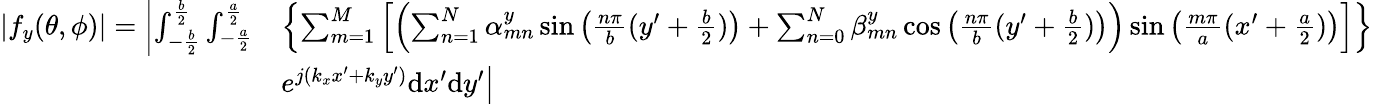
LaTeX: \begin{array}{rl}{|f_{y}(\theta,\phi)|=\left|\int_{-\frac{b}{2}}^{\frac{b}{2}}{\int_{-\frac{a}{2}}^{\frac{a}{2}}}\right.}&{\left\{ \sum_{m=1}^{M}\left[\left(\sum_{n=1}^{N}\alpha_{mn}^{y}\sin\left(\frac{n\pi}{b}(y^{\prime}+\frac{b}{2})\right)+\sum_{n=0}^{N}\beta_{mn}^{y}\cos\left(\frac{n\pi}{b}(y^{\prime}+\frac{b}{2})\right)\right)\sin\left(\frac{m\pi}{a}(x^{\prime}+\frac{a}{2})\right)\right]\right\} }\\ &{\left.e^{j(k_{x}x^{\prime}+k_{y}y^{\prime})}\mathrm{d}x^{\prime}\mathrm{d}y^{\prime}\right|}\end{array}